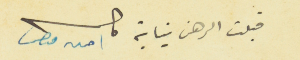
قبلت الرهن نيابة كاتب امين وهبه